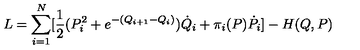
L = \sum _ { i = 1 } ^ { N } [ { \frac { 1 } { 2 } } ( P _ { i } ^ { 2 } + { e ^ { - ( Q _ { i + 1 } - Q _ { i } ) } } ) { \dot { Q } } _ { i } + \pi _ { i } ( P ) { \dot { P } } _ { i } ] - H ( Q , P )